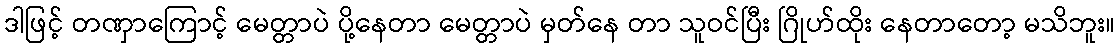
ဒါဖြင့် တဏှာကြောင့် မေတ္တာပဲ ပို့နေတာ မေတ္တာပဲ မှတ်နေ တာ သူဝင်ပြီး ဂြိုဟ်ထိုး နေတာတော့ မသိဘူး။